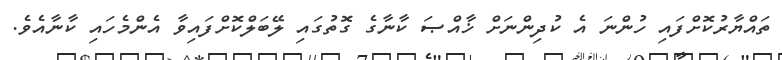
ތައްޔާރުކޮށްފައި ހުންނަ އެ ކުދިންނަށް ޚާއްޞަ ކާނާގެ ގޮތުގައި ލޭބަލްކޮށްފައިވާ އެންމެހައި ކާނާއެވެ.